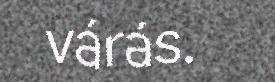
várás.